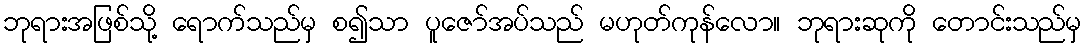
ဘုရားအဖြစ်သို့ ရောက်သည်မှ စ၍သာ ပူဇော်အပ်သည် မဟုတ်ကုန်လော။ ဘုရားဆုကို တောင်းသည်မှ